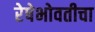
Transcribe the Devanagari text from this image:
रेषेभोवतीचा